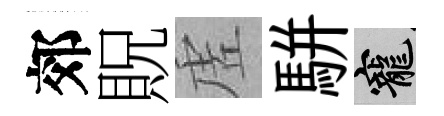
郊貺虗駢寵